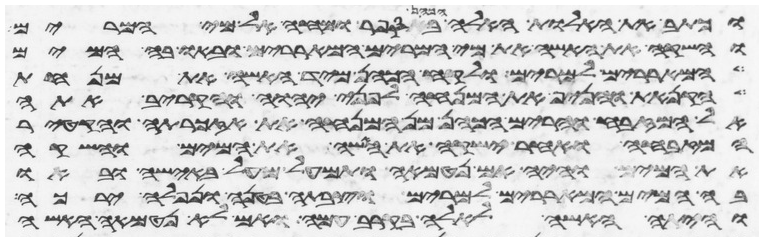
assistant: וכתב את האלות האלה הכהן בספר ומחה אל מי המרים
והשקה את האשה את מי המרים המאררים ובאו בה המים
המאררים למרים ולקח הכהן מיד האשה את מנחת
הקנאת והניף את המנחה לפני יהוה והקריב אתה
אל המזבח והרים הכהן מן המנחה את אזכרתה והקטיר
המזבחה ואחר ישקה את האשה את המים והשקה
את המים והיה אם נטמאה ותמעל מעל באישה ובאו
בה המים המאררים למרים וצבתה בטנה ונפלה ירכה
והיתה האשה לאלה בקרב עמה ואם לא נטמאה האשה